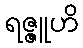
ရဇ္ဇူဟိ